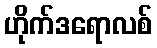
ဟိုက်ဒရောလစ်